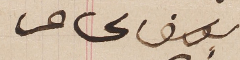
يوسف عساف